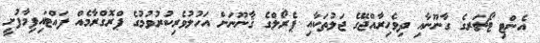
އެންޓި ޓޯޗަރގެ ގާނޫނާއި ދިވެހިރާއްޖޭގެ ޖަލުތަކާއި ޕެރޯލްގެ ޤާނޫނަށް އަހުލުވެރިކުރުވުމުގެ ޕްރޮގްރާމެއް ފައްޓައިފިމާފުށީ